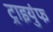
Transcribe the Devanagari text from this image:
ट्राइयुंफ